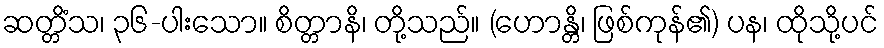
ဆတ္တိံသ၊ ၃၆-ပါးသော။ စိတ္တာနိ၊ တို့သည်။ (ဟောန္တိ၊ ဖြစ်ကုန်၏) ပန၊ ထိုသို့ပင်